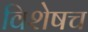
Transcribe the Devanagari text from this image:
विशेषच